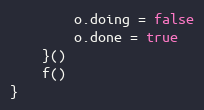
Language: Go
		o.doing = false
		o.done = true
	}()
	f()
}